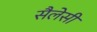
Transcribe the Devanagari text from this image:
सैलेसी